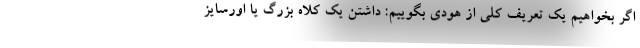
اگر بخواهیم یک تعریف کلی از هودی بگوییم: داشتن یک کلاه بزرگ یا اورسایز